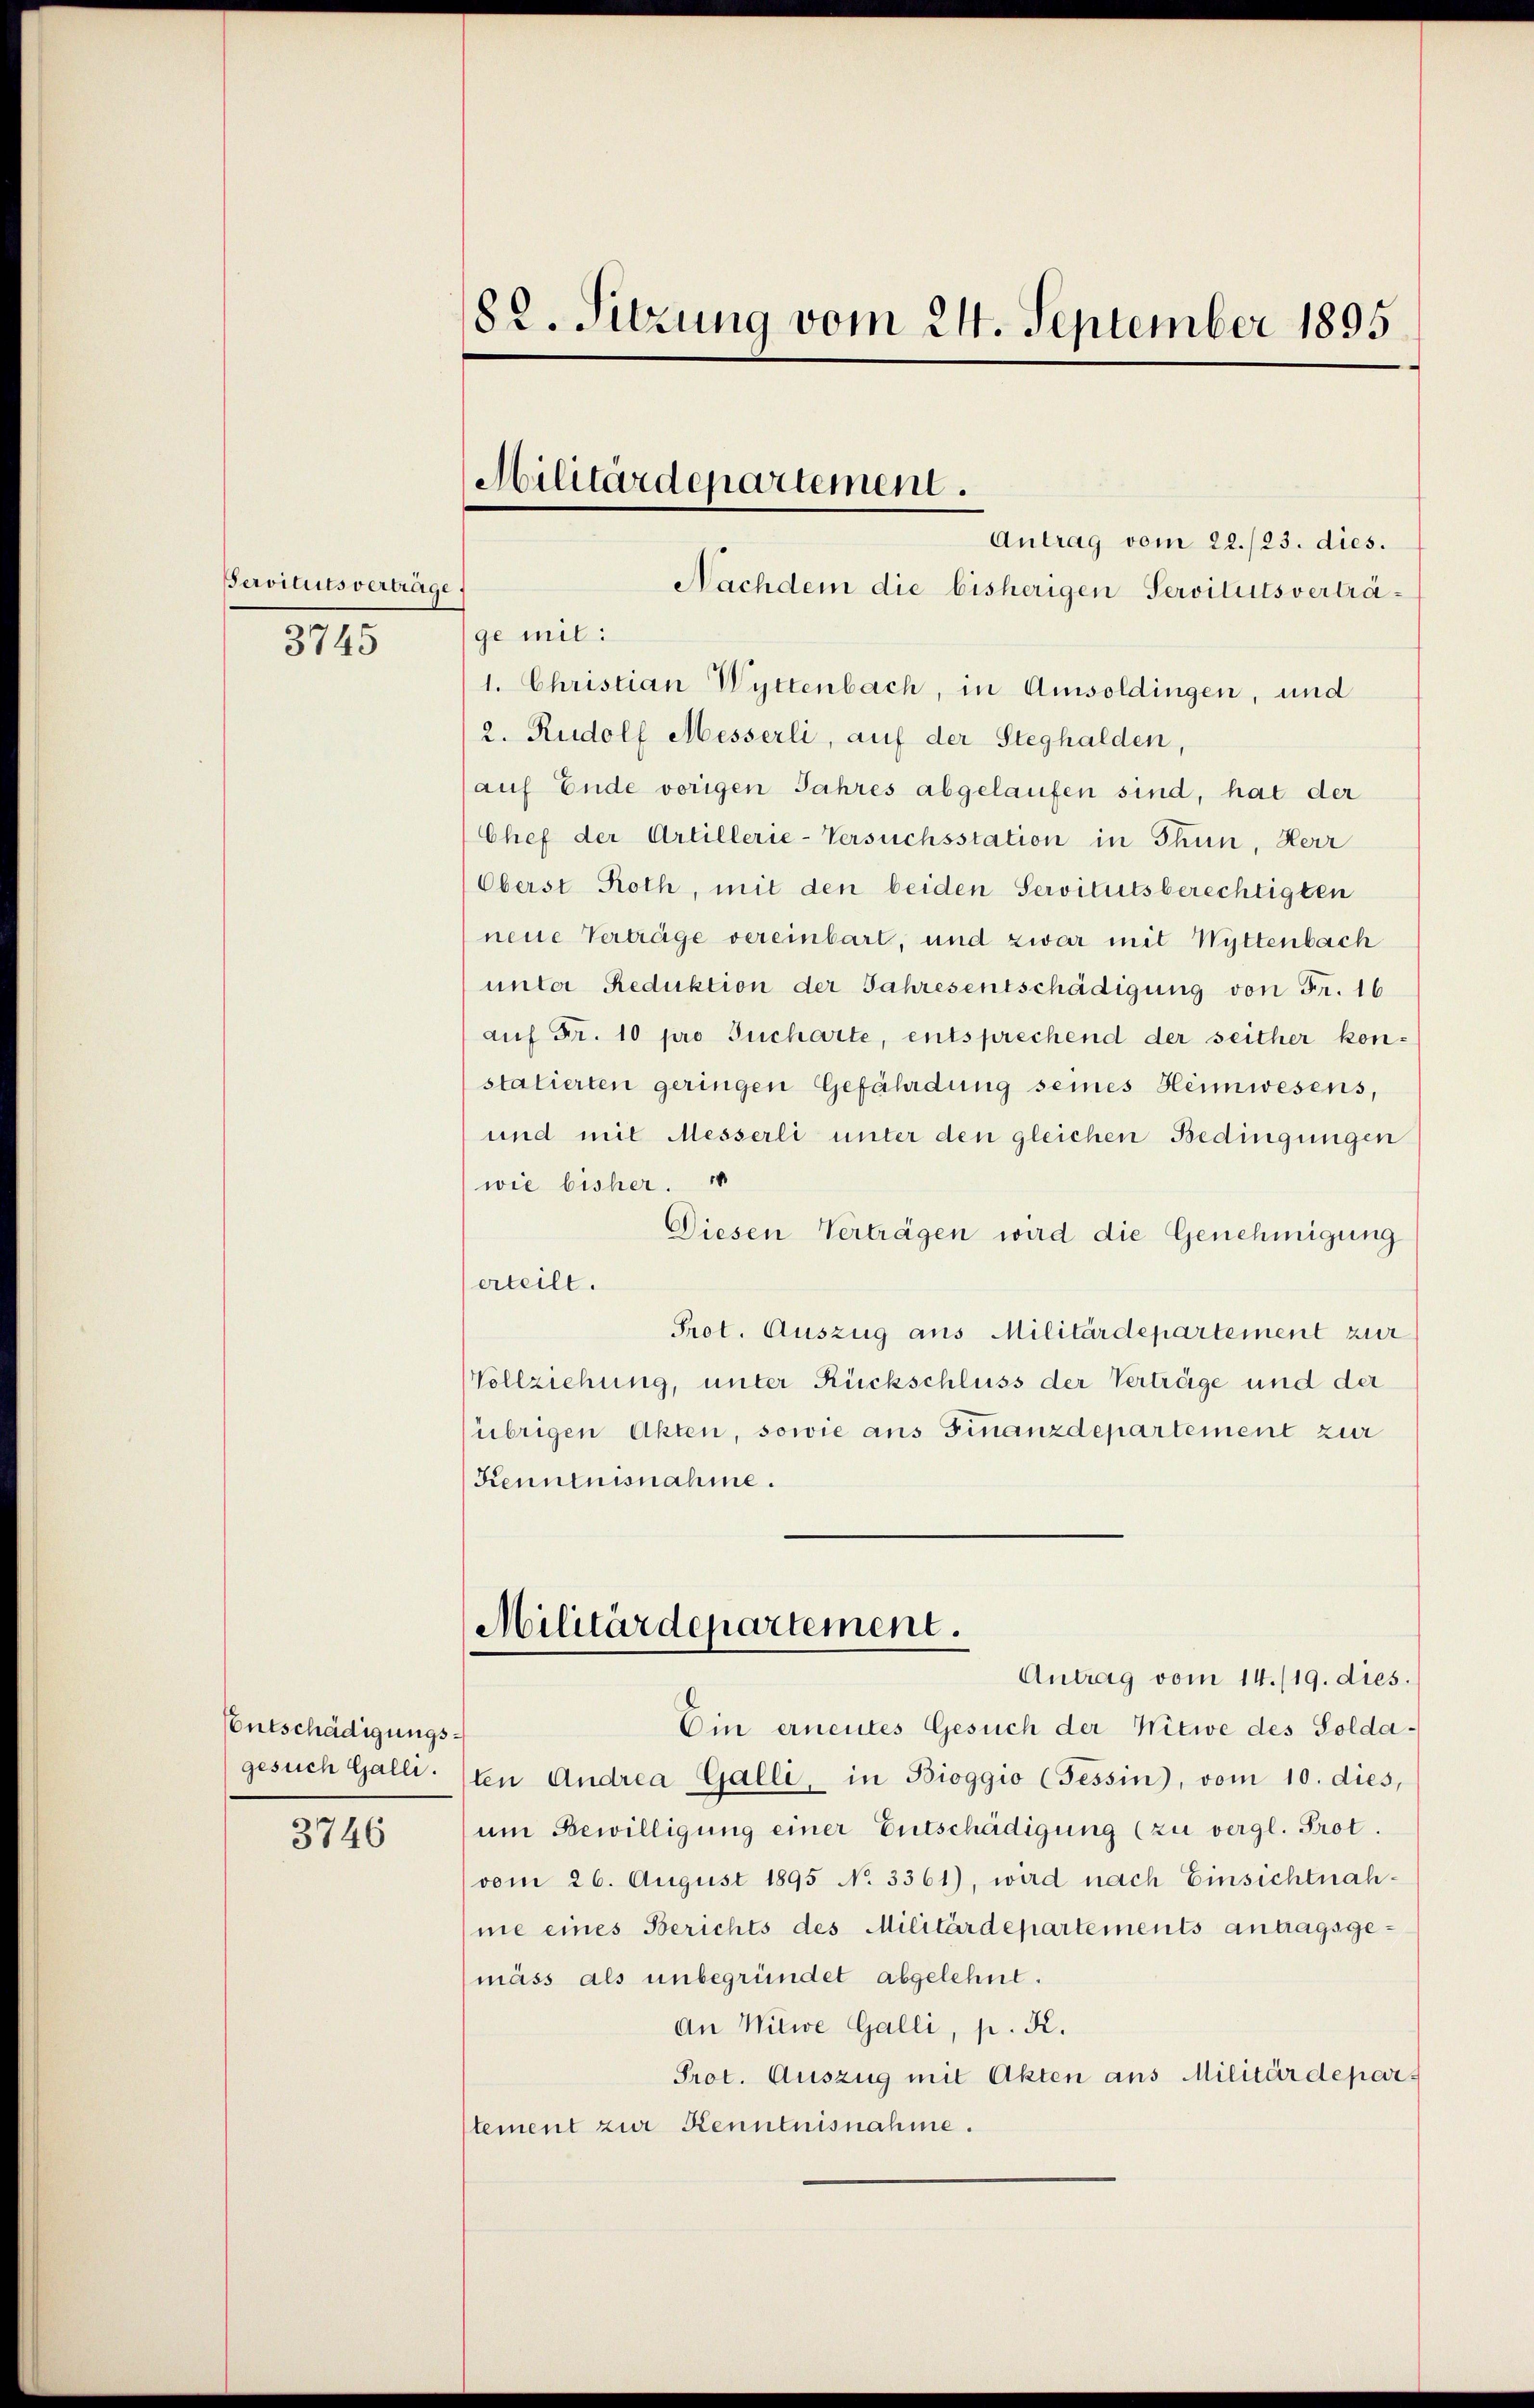
Servitutsverträge
3745

Entschädigungs¬

3746

Antrag vom 22./23. dies.
Nachdem die bisherigen Servitutsverträge mit:
1. Christian Wyttenbach, in Amsoldingen, und
2. Rudolf Messerli, auf der Steghalden,
auf Ende vorigen Jahres abgelaufen sind, hat der
Chef der Artillerie-Versuchsstation in Thun, Herr
Oberst Roth, mit den beiden Servitutsberechtigten
neue Verträge vereinbart, und zwar mit Wyttenbach
unter Reduktion der Jahresentschädigung von Fr. 16
auf Fr. 10 pro Jucharte, entsprechend der seither kon-
statierten geringen Gefährdung seines Heimwesens,
und mit Messerli unter den gleichen Bedingungen
(wie bisher.
Diesen Verträgen wird die Genehmigung
erteilt.
Prot. Auszug aus Militärdepartement zur
Vollziehung, unter Rückschluss der Verträge und der
(übrigen Akten, sowie aus Finanzdepartement zur
Kenntnisnahme.

82. Sitzung vom 24. September 1895

Militärdepartement.

Militärdepartement.
Antrag vom 14./19. dies.

Ein erneutes Gesuch der Witwe des Soldagesuch Galli. (ten Andrea Galli, in Bioggio (Tessin, vom 10. dies,
um Bewilligung einer Entschädigung (zu vergl. Prot.
vom 26. August 1895 No 3361), wird nach Einsichtnah-
me eines Berichts des Militärdepartements antragsge¬
(mäss als unbegründet abgelehnt.
An Witwe Galli, p. K.
Prot. Auszug mit Akten aus Militärdeparstement zur Kenntnisnahme.